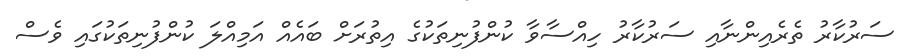
ސަރުކާރު ތެރެއިންނާއި ސަރުކާރު ހިއްސާވާ ކުންފުނިތަކުގެ އިތުރަށް ބައެއް އަމިއްލަ ކުންފުނިތަކުގައި ވެސް